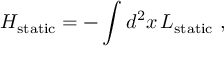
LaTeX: H _ { \mathrm { s t a t i c } } = - \int d ^ { 2 } x \, { \cal L } _ { \mathrm { s t a t i c } } \ ,